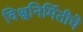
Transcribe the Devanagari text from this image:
विश्वनिर्मितीचे